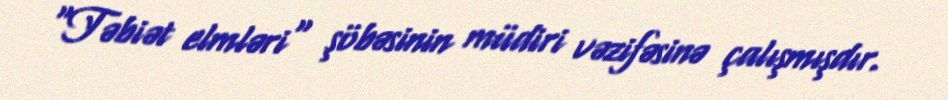
"Təbiət elmləri" şöbəsinin müdiri vəzifəsinə çalışmışdır.